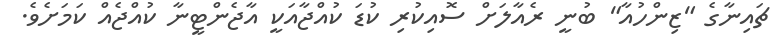
ޗައިނާގެ "ޒިންހުއާ" ބުނީ ރެއާލަށް ސޮއިކުރި ކުޑަ ކުއްޖާއަކީ އާޖެންޓީނާ ކުއްޖެއް ކަމަށެވެ.